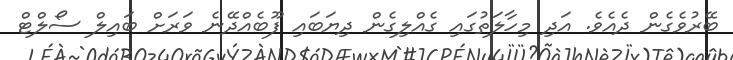
ބޭރުވެގެން ދެއެވެ. އަދި މިހާލަތުގައި ގެއްލިގެން ދިޔަބައި ފޫބެއްދޭނެ ވަރަށް ބައިލް ސޯލްޓް